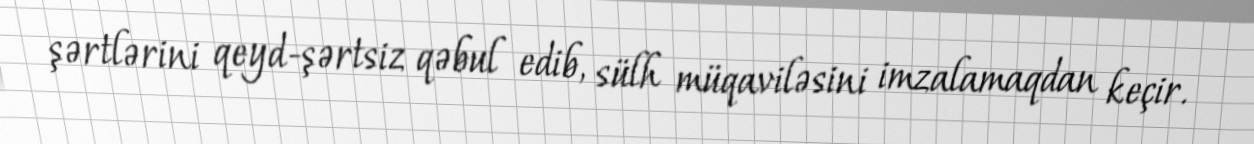
şərtlərini qeyd-şərtsiz qəbul edib, sülh müqaviləsini imzalamaqdan keçir.